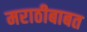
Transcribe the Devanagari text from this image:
मराठीबाबत